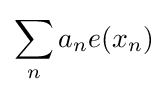
\sum _{n}a_{n}e(x_{n})